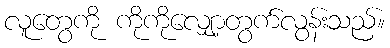
လူတွေကို ကိုကိုလျှော့တွက်လွန်းသည်။